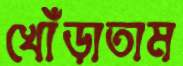
খোঁড়াতাম